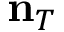
{ \bf n } _ { T }